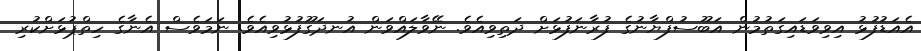
އެއަޑުފުޅު އިވިވަޑައިގަތުމުން އަބޫސުފްޔާނުގެ ފުރާނަފުޅަށް ދަތިވިއެވެ. ނޭވާލައްވަން އުނދަގޫފުޅުވިއެވެ. ނަމަވެސް އެނާގެ ހިތްޕުޅަށްކުރި